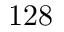
1 2 8